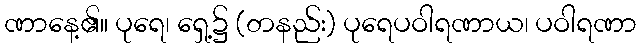
ဏာနေ့၏။ ပုရေ၊ ရှေ့၌ (တနည်း) ပုရေပဝါရဏာယ၊ ပဝါရဏာ